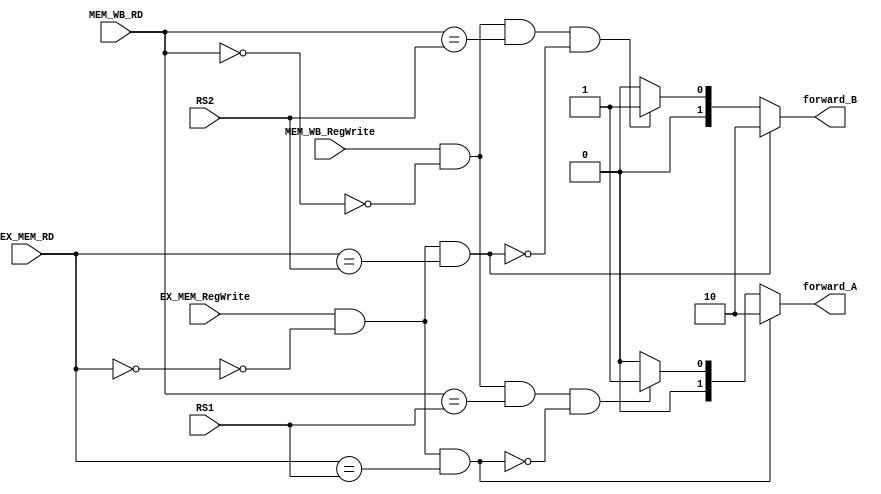
`timescale 1ns / 1ps
//////////////////////////////////////////////////////////////////////////////////
// Company: 
// Engineer: 
// 
// Design Name: 
// Module Name: Forwarding_unit
// Project Name: 
// Target Devices: 
// Tool Versions: 
// Description: 
// 
// Dependencies: 
// 
// Revision:
// Revision 0.01 - File Created
// Additional Comments:
// 
//////////////////////////////////////////////////////////////////////////////////


module Forwarding_unit(
    input [4:0] EX_MEM_RD,
    input [4:0] MEM_WB_RD,
    input [4:0] RS1,
    input [4:0] RS2,
    input EX_MEM_RegWrite,
    input MEM_WB_RegWrite,
    
    output reg[1:0] forward_A,
    output reg[1:0] forward_B
    );
    
    always@(*) begin
    if(EX_MEM_RegWrite & ~(EX_MEM_RD==0) & (EX_MEM_RD == RS1) ) begin
        forward_A = 10;
    end
    else if(
        MEM_WB_RegWrite & ~(MEM_WB_RD==0) & (MEM_WB_RD == RS1) &
        ~(EX_MEM_RegWrite & ~(EX_MEM_RD ==0) & (EX_MEM_RD == RS1) ) 
        ) begin
        forward_A = 01;
    end else begin 
        forward_A = 00;
    end
    
    
    
   if(EX_MEM_RegWrite & ~(EX_MEM_RD==0) & (EX_MEM_RD == RS2) ) begin
        forward_B = 10;
    end
   else if(
           MEM_WB_RegWrite & ~(MEM_WB_RD==0) & (MEM_WB_RD == RS2) &
           ~(EX_MEM_RegWrite & ~(EX_MEM_RD ==0) & (EX_MEM_RD == RS2) ) 
           ) begin
           forward_B = 01;
       end  else begin 
            forward_B = 00;
        end
       
   end
endmodule